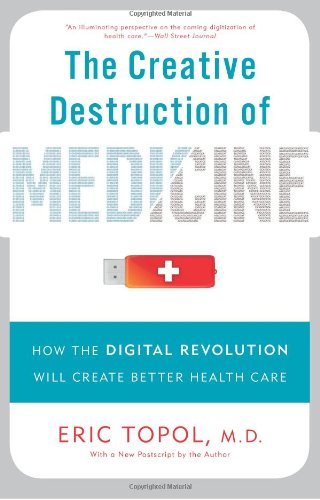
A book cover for The Creative Destruction of Medicine: How the Digital Revolution Will Create Better Health Care; Eric Topol M.D.; Engineering & Transportation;